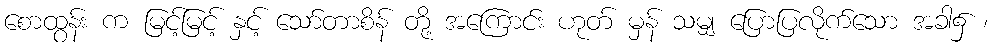
စောထွန်း က မြင့်မြင့် နှင့် သော်တာစိန် တို့ အကြောင်း ဟုတ် မှန် သမျှ ပြောပြလိုက်သော အခါ၌ ၊